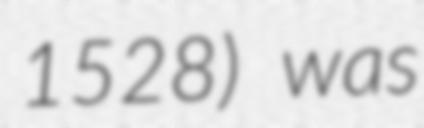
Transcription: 1528) was